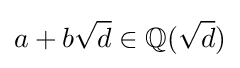
a+b{\sqrt {d}}\in \mathbb {Q} ({\sqrt {d}})